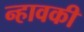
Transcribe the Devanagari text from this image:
न्हावकी